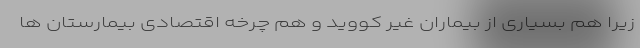
زیرا هم بسیاری از بیماران غیر کووید و هم چرخه اقتصادی بیمارستان ها